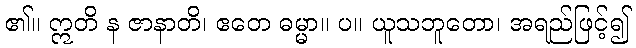
၏။ ဣတိ န ဇာနာတိ၊ ဧတေ ဓမ္မာ။ ပ။ ယူသဘူတော၊ အရည်ဖြင့်၍